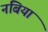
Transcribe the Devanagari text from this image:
नबिया